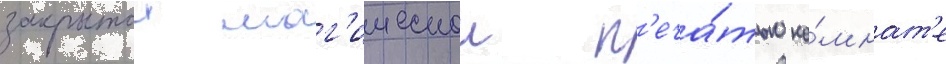
закрытои маг'ическои п'еча́тью ко́мнат'е